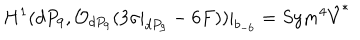
H ^ { 1 } ( d P _ { 9 } , { \cal O } _ { d P _ { 9 } } ( 3 \sigma | _ { d P _ { 9 } } - 6 F ) ) | _ { b _ { - 6 } } = S y m ^ { 4 } \hat { V } ^ { * }